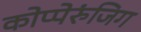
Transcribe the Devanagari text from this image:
कोप्पेरुंजिग